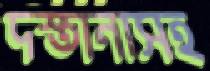
দস্তানাসহ